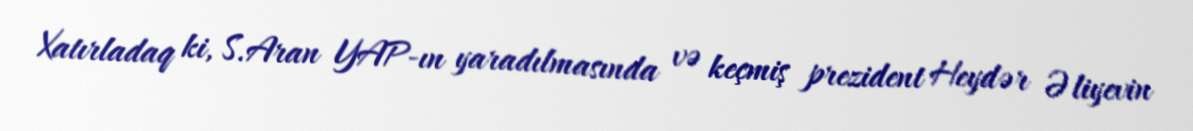
Xatırladaq ki, S.Aran YAP-ın yaradılmasında və keçmiş prezident Heydər Əliyevin